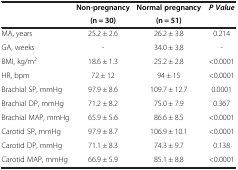
<table><thead><tr><td rowspan="2"><b> </b></td><td><b>Non-pregnancy</b></td><td><b>Normal pregnancy</b></td><td rowspan="2"><b><i>P Value</i></b></td></tr><tr><td><b>(n = 30)</b></td><td><b>(n = 51)</b></td></tr></thead><tbody><tr><td>MA, years</td><td>25.2 ± 2.6</td><td>26.2 ± 3.8</td><td>0.214</td></tr><tr><td>GA, weeks</td><td>-</td><td>34.0 ± 3.8</td><td>-</td></tr><tr><td>BMI, kg/m<sup>2</sup></td><td>18.6 ± 1.3</td><td>25.2 ± 2.8</td><td>&lt;0.0001</td></tr><tr><td>HR, bpm</td><td>72 ± 12</td><td>94 ± 15</td><td>&lt;0.0001</td></tr><tr><td>Brachial SP, mmHg</td><td>97.9 ± 8.6</td><td>109.7 ± 12.7</td><td>0.0001</td></tr><tr><td>Brachial DP, mmHg</td><td>71.2 ± 8.2</td><td>75.0 ± 7.9</td><td>0.367</td></tr><tr><td>Brachial MAP, mmHg</td><td>65.9 ± 5.6</td><td>86.6 ± 8.5</td><td>&lt;0.0001</td></tr><tr><td>Carotid SP, mmHg</td><td>97.9 ± 8.7</td><td>106.9 ± 10.1</td><td>&lt;0.0001</td></tr><tr><td>Carotid DP, mmHg</td><td>71.1 ± 8.3</td><td>74.3 ± 9.7</td><td>0.138</td></tr><tr><td>Carotid MAP, mmHg</td><td>66.9 ± 5.9</td><td>85.1 ± 8.8</td><td>&lt;0.0001</td></tr></tbody></table>